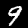
Digit: 9